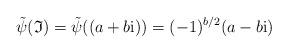
LaTeX: \begin{gather*}\tilde \psi (\mathfrak I) = \tilde \psi ((a+b{\rm i})) = (-1)^{b/2}(a-b{\rm i})\end{gather*}